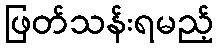
ဖြတ်သန်းရမည့်